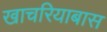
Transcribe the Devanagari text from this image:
खाचरियाबास